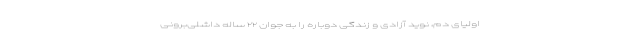
اولیای دم، نوید آزادی و زندگی دوباره را به جوان ۲۲ ساله داشلی‌برونی